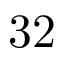
3 2